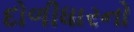
દોળીધારનો